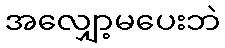
အလျှော့မပေးဘဲ